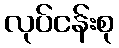
လုပ်ငန်းစု